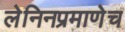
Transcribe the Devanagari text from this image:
लेनिनप्रमाणेच